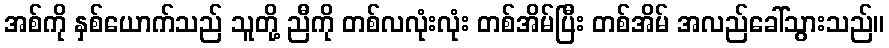
အစ်ကို နှစ်ယောက်သည် သူတို့ ညီကို တစ်လလုံးလုံး တစ်အိမ်ပြီး တစ်အိမ် အလည်ခေါ်သွားသည်။